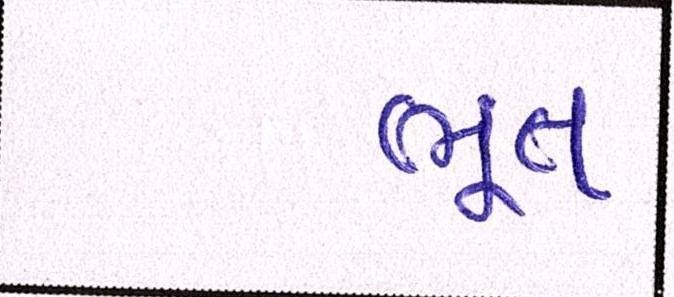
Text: ભૂત